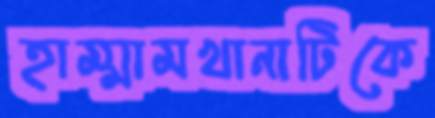
হাম্মামখানাটিকে